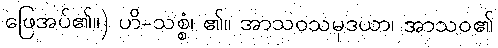
ဖြေအပ်၏။) ဟိ-သစ္စံ၊ ၏။ အာသဝသမုဒယာ၊ အာသဝ၏